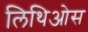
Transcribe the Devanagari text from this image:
लिथिओस